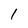
Character: 1